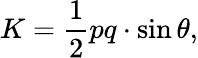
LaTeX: K={\frac{1}{2}}pq\cdot\sin\theta,